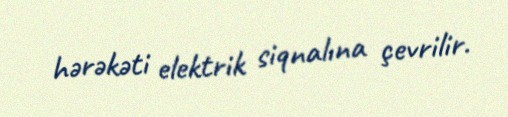
hərəkəti elektrik siqnalına çevrilir.